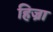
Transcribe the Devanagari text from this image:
हिज्रा